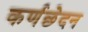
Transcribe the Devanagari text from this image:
कर्णछेदन